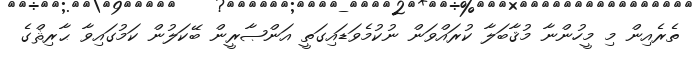
ތެރެއިން މި މީހުންނާ މުޤާބަލާ ކުރައްވަން ނުކުމެވަޑައިގަތީ އަންޞާރީން ބޭކަލުން ކަމުގައިވާ ޙާރިޘްގެ